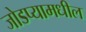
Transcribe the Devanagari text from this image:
जोडप्यामधील